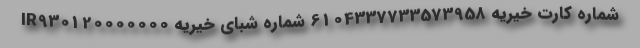
شماره کارت خیریه 6104337733573958 شماره شبای خیریه IR930120000000